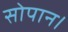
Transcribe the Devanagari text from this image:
सोपान।